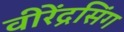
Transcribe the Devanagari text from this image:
वीरेंद्रसिंग